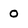
Character: O